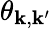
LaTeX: \theta_{\boldsymbol{\mathbf{k}},\boldsymbol{\mathbf{k}}^{\prime}}